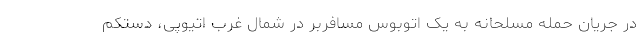
در جریان حمله مسلحانه به یک اتوبوس مسافربر در شمال‌ غرب اتیوپی، دستکم